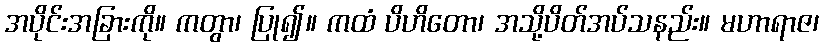
အပိုင်းအခြားကို။ ကတွာ၊ ပြု၍။ ကထံ ပိဟိတော၊ အသို့ပိတ်အပ်သနည်း။ မဟာရာဇ၊